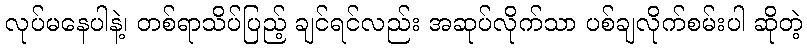
လုပ်မနေပါနဲ့၊ တစ်ရာသိပ်ပြည့် ချင်ရင်လည်း အဆုပ်လိုက်သာ ပစ်ချလိုက်စမ်းပါ ဆိုတဲ့